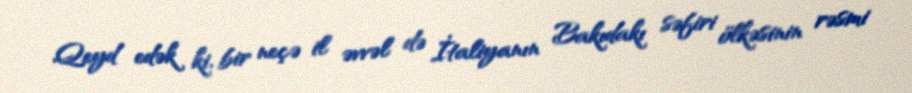
Qeyd edək ki, bir neçə il əvvəl də İtaliyanın Bakıdakı səfiri ölkəsinin rəsmi